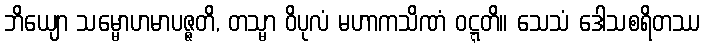
ဘိယျော သမ္မောဟမာပဇ္ဇတိ, တသ္မာ ဝိပုလံ မဟာကသိဏံ ဝဋ္ဋတိ။ သေသံ ဒေါသစရိတဿ